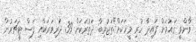
ވާންވީ ގައުމަށް ފައިދާ ހުރި މީހަކަށް"ތަޖުރިބާ ދަތުރަކަށް 39 ދަރިވަރަކާއި ފަސް ޓީޗަރުން